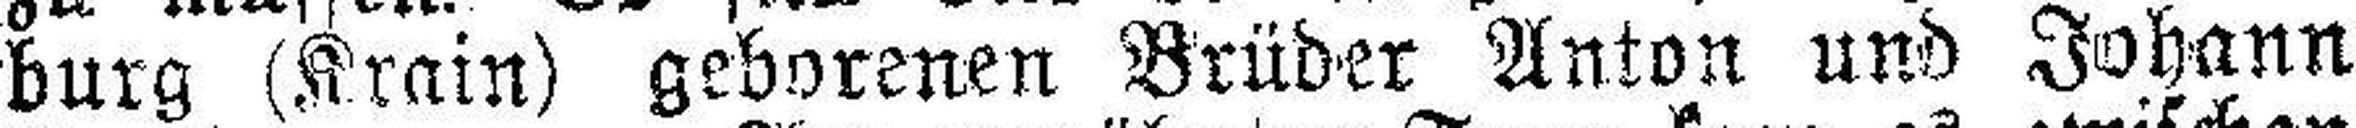
burg (Krain) geborenen Brüder Anton und Johann